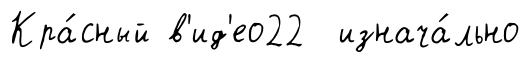
Кра́сный в'ид'ео22 изнача́льно